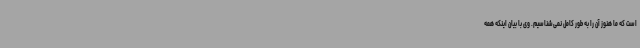
است که ما هنوز آن را به طور کامل نمی‌شناسیم. وی با بیان اینکه همه